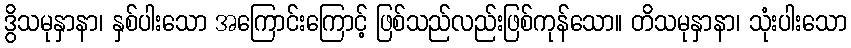
ဒွိသမုနှာနာ၊ နှစ်ပါးသော အကြောင်းကြောင့် ဖြစ်သည်လည်းဖြစ်ကုန်သော။ တိသမုနှာနာ၊ သုံးပါးသော